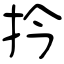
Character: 扲